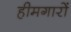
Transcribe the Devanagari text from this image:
हीमगारों